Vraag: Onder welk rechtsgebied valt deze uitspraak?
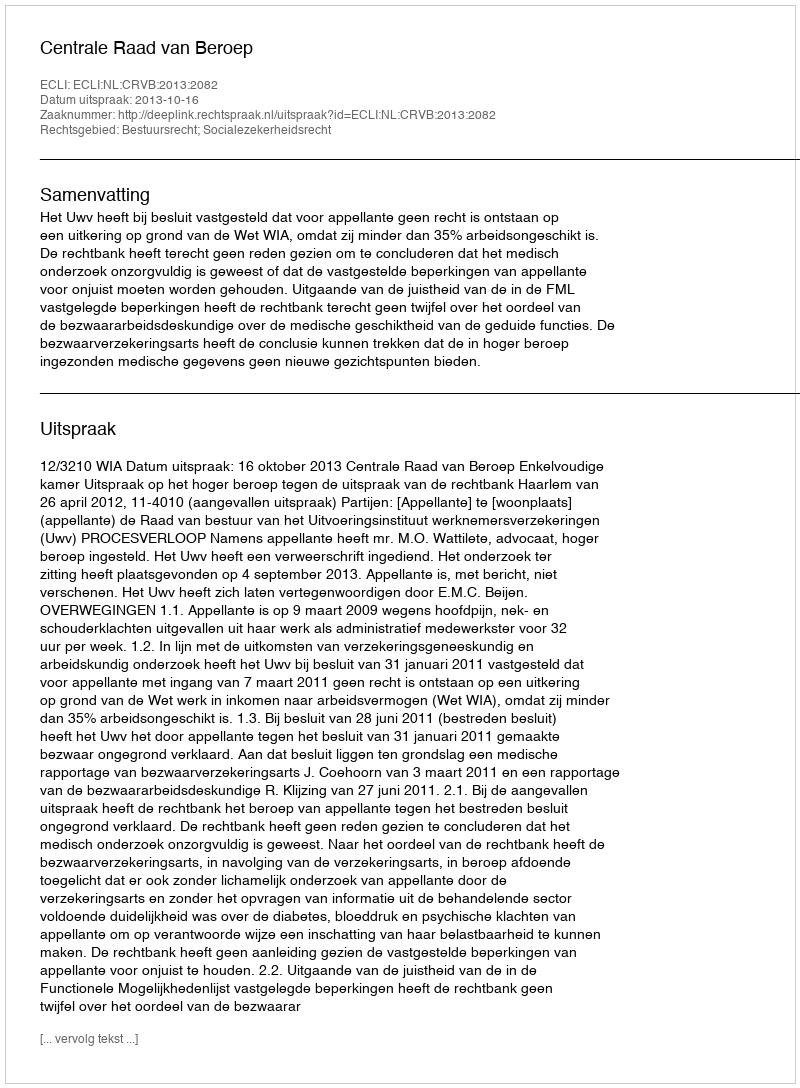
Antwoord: Bestuursrecht; Socialezekerheidsrecht